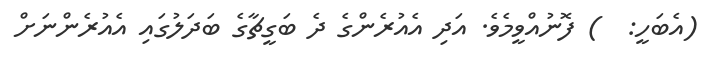
(އެބަހީ:  ) ފޮނުއްވީމެވެ. އަދި އެއުރެންގެ ދެ ބަގީޗާގެ ބަދަލުގައި އެއުރެންނަށް